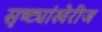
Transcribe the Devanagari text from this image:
सृष्ट्यांखेरीज